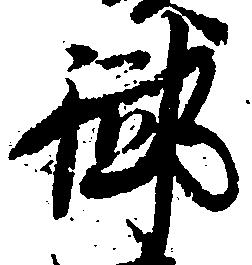
御